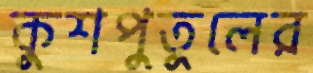
কুশপুতুলের